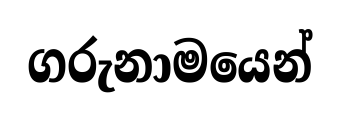
ගරුනාමයෙන්